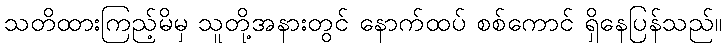
သတိထားကြည့်မိမှ သူတို့အနားတွင် နောက်ထပ် စစ်ကောင် ရှိနေပြန်သည်။